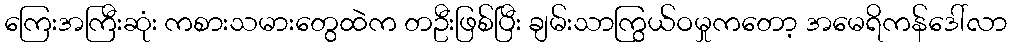
ကြေးအကြီးဆုံး ကစားသမားတွေထဲက တဦးဖြစ်ပြီး ချမ်းသာကြွယ်ဝမှုကတော့ အမေရိကန်ဒေါ်လာ